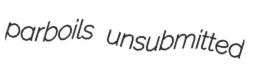
parboils unsubmitted